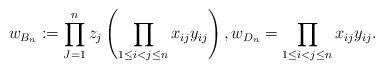
LaTeX: \begin{gather*} w_{B_{n}}:= \prod_{J=1}^{n} z_j \left(\prod_{1 \le i < j \le n} x_{ij} y_{ij}\right),w_{D_{n}}= \prod_{1 \le i < j \le n} x_{ij} y_{ij}.\end{gather*}